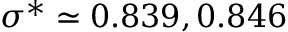
\sigma ^ { * } \simeq 0 . 8 3 9 , 0 . 8 4 6